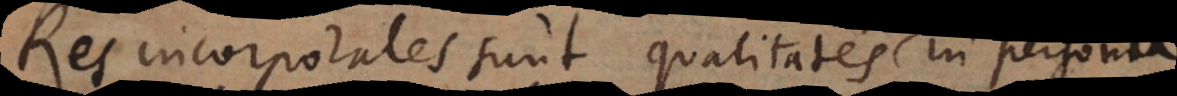
Res incorporales sunt qualitates in persona